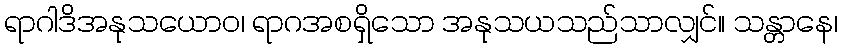
ရာဂါဒိအနုသယောဝ၊ ရာဂအစရှိသော အနုသယသည်သာလျှင်။ သန္တာနေ၊